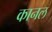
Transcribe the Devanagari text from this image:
कानल